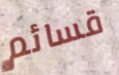
قسائم